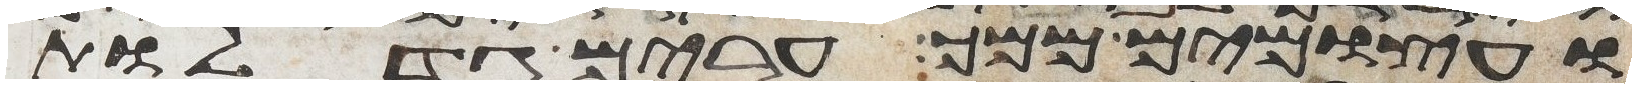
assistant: ועצמים ממך ערים גדלות